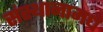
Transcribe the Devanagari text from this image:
संस्थानामधे